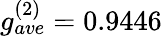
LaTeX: g_{ave}^{(2)}=0.9446